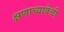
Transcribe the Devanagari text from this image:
क्षणाच्यावेळी